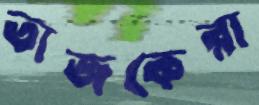
তাজকেরা